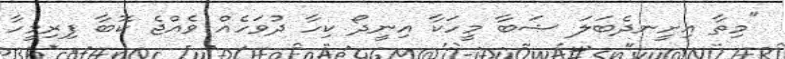
"މިތާ އިށީނދެބަލަ ޝަބާ މީހަކާ އިނީދޯ ކިހާ ދުވަހެއް ވެއްޖެ ކޮބާ ފިރިމީހާ